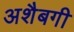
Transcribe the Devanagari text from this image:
अशैबगी